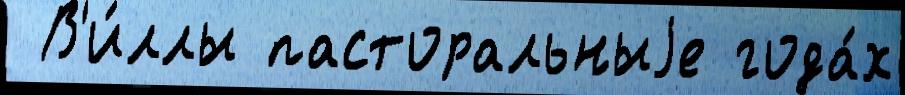
 В'и́ллы пасторальныjе года́х